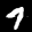
Label: 7